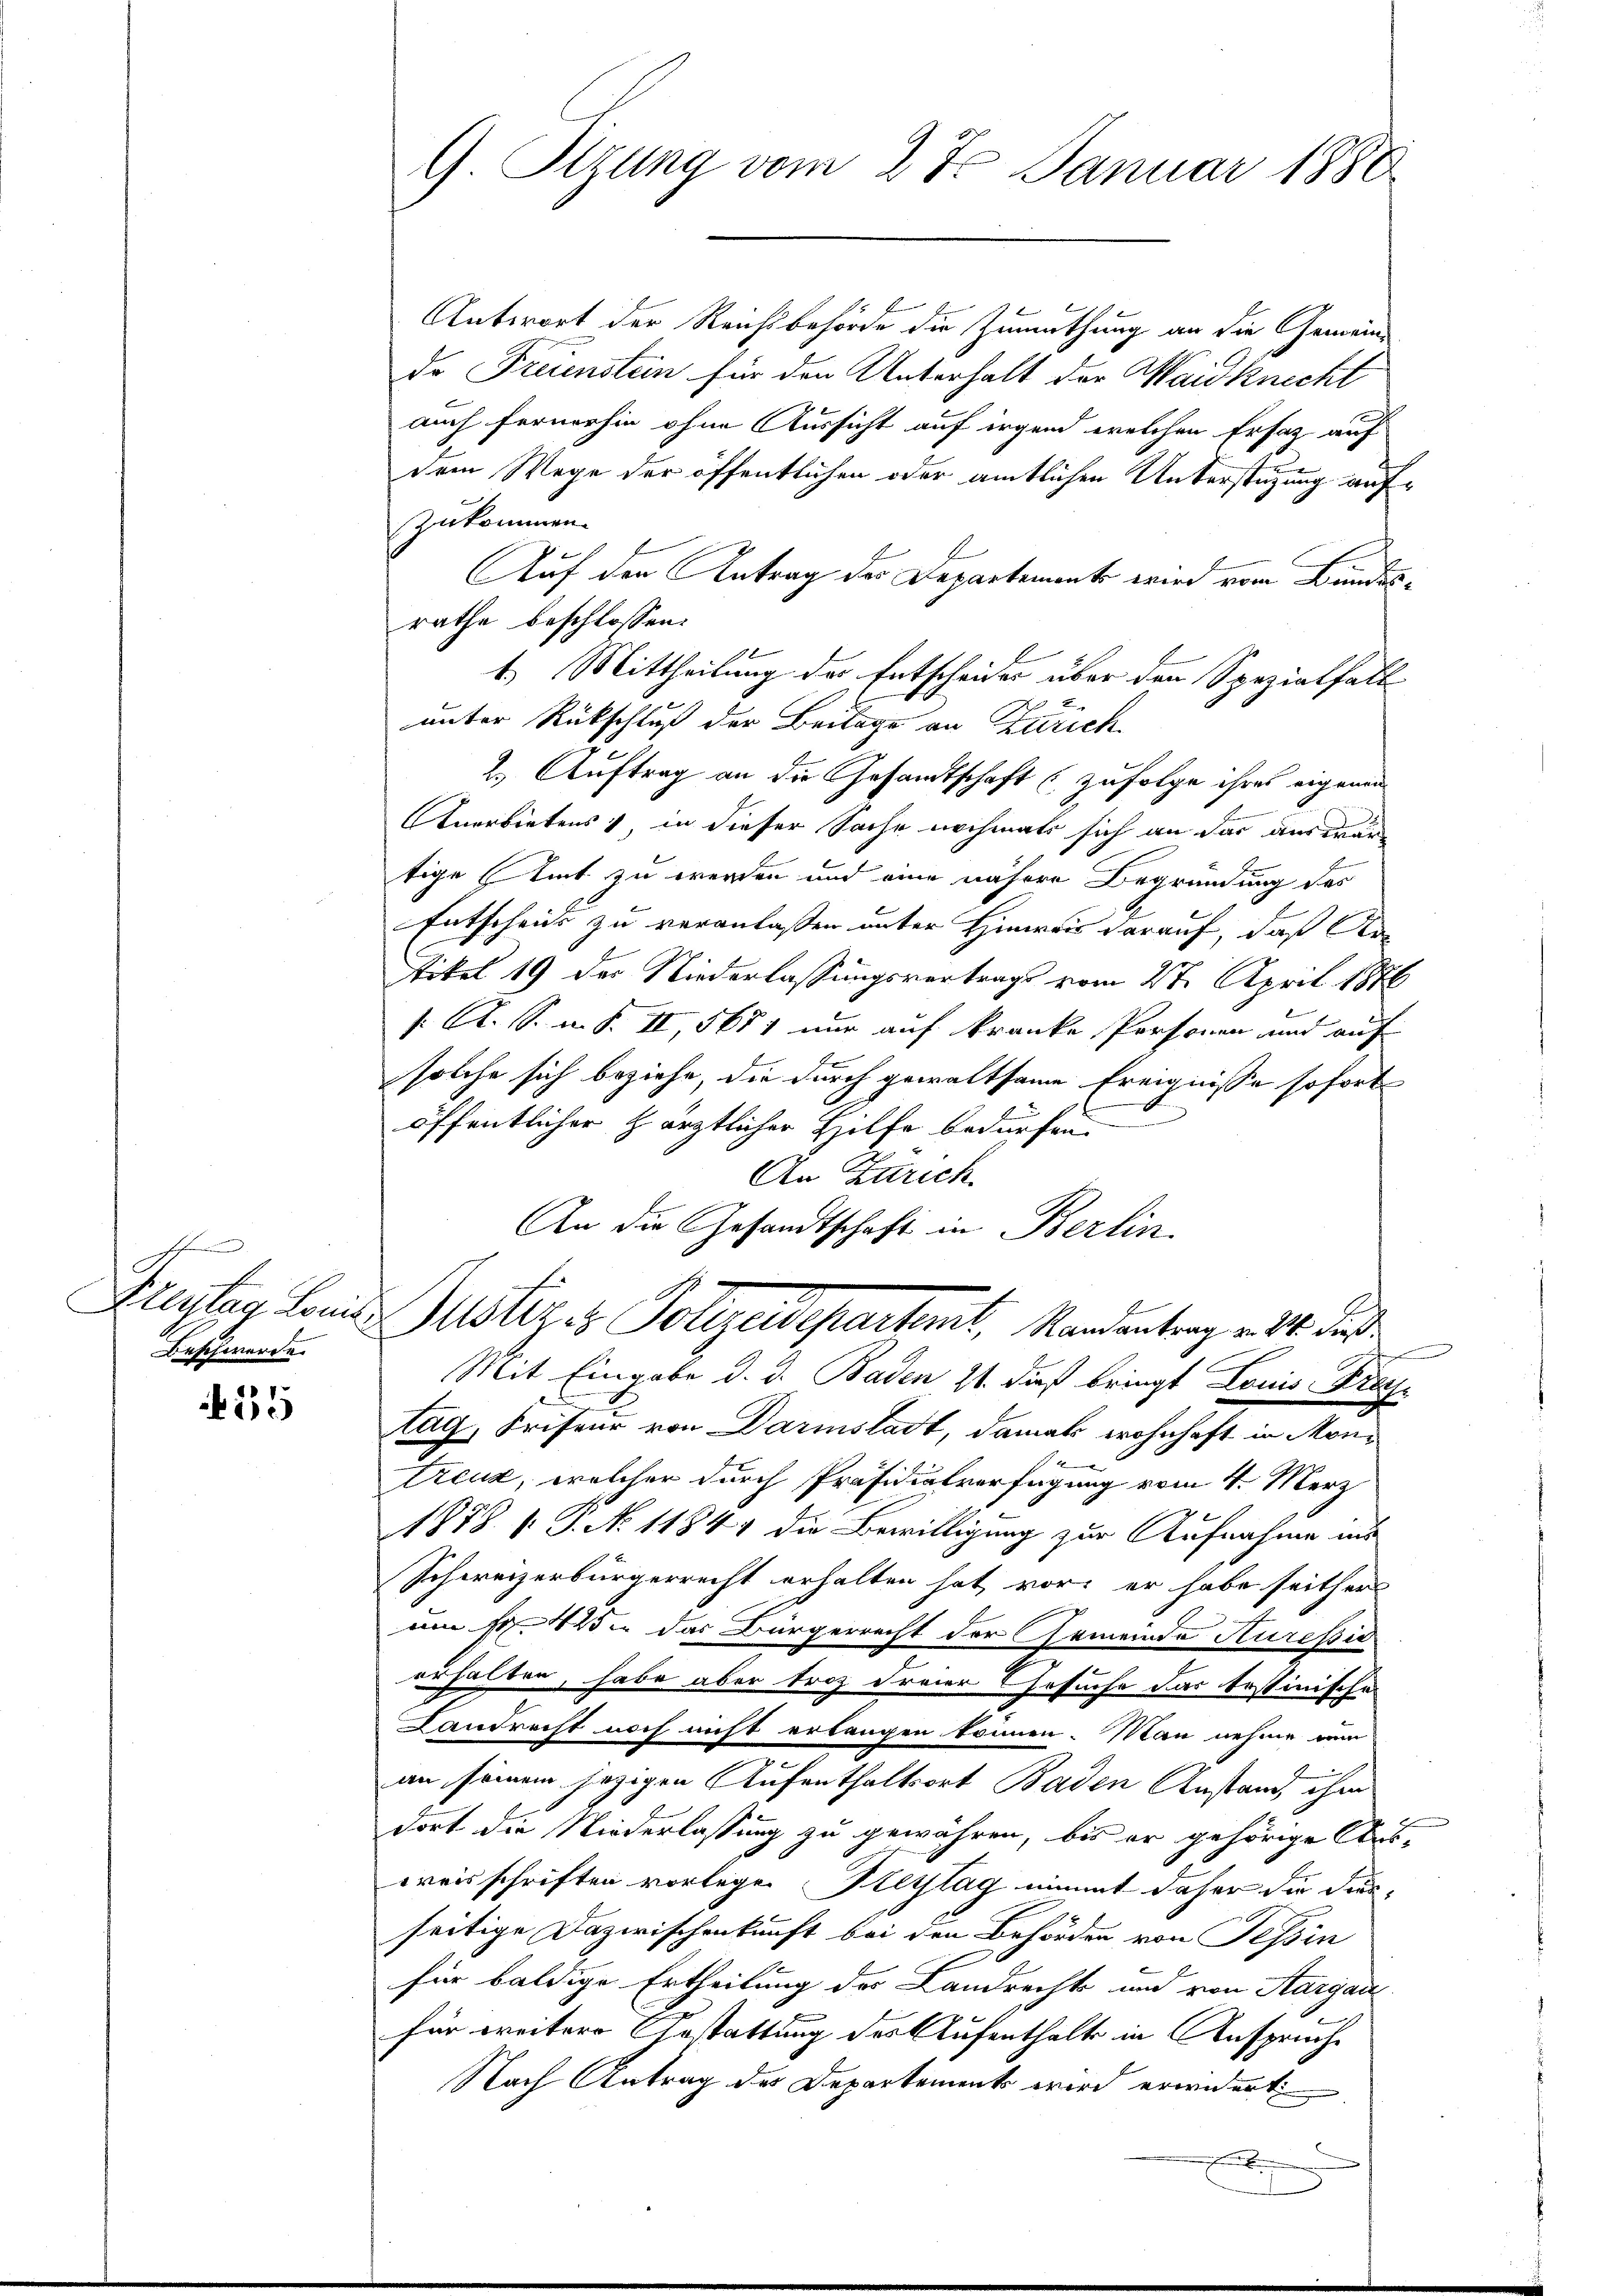
sch
Freytag Louis
Beschwerde.

25

9 Stzung vom 27. Januar 1880

Antwort der Reichsbehörde die Zumuthung an die Gemeindo Freienstein für den Unterhalt der Waidknecht
auch fernerhin ohne Aussicht auf irgend welchen Ersatz auf
dem Wege der öffentlichen oder amtlichen Unterstützung aufzukommen.
Auf den Antrag des Departement wird vom Bundesrathe beschlossen:
1) Mittheilung der Entscheider über den Spezialfall
unter Rückschluß der Beilage an Zürich.
2.) Auftrag an die Gesandtschaft (zufolge ihres eigenen
Anerbietens in dieser Sache nochmals sich an das auswärtige Amt zu werden und eine nähere Begründung des
Entscheit zu veranlassen unter Hinweis darauf, daß Ad-
tikel 19 des Niederlassungsvertrags vom 27. April 1876
/. A. S. i. S. II 5651 nur auf kranke Personen und auf
solche sich beziehe, die durch gewaltsame Ereignisse sofort
öffentlicher Härztlicher Hilfe bedürfen.
An Zürich.
An die Gesandtschaft in Berlin.
f
steres Polizeidepartemit, Randentrag v. M. daß
Mit Eingabe d. d. Baden 21. dieß bringt Louis Freytag, Kriseur von Darmstadt, damals wohnhaft in Montreuz, welcher durch Präsidialverfügung vom 4. Merz
1878 1: P. N. 1184. die Bewilligung zur Aufnahme ins
Schweizerbürgerrecht erhalten hat, vor, er habe seithers
um 14. das Bürgerrecht der Gemeinde Kuresid
erhalten, habe aber troz Freier Gesuche das testinische
Landrecht noch nicht erlangen können. Man nehme von
e
.
an seinem jezigen Aufenthaltsort Baden Anstand, ihm
dort die Niederlassung zu gewähren, bis er gehörige Aus-
weisschriften vorlegen Keytag nimmt daher die diesseitige Dazwischenkunft bei den Behörden von Tessin
für baldige Ertheilung des Landrechts und von Aargau
für weitere Gestattung des Aufenthalte in Anspruche
Nach Antrag der Departements wird erwidert
x